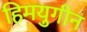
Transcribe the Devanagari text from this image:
हिमयुगीन